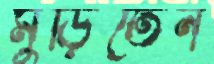
মুড়িতেন